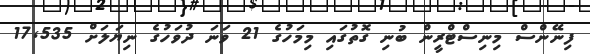
ފިނޭންސް މިނިސްޓްރީން ބުނި ގޮތުގައި މިމަހުގެ 21 ވަނަ ދުވަހުގެ ނިޔަލަށް 17